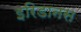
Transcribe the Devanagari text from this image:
इरिडानस